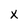
Character: x